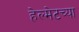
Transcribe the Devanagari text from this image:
हेल्मेटच्या